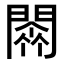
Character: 𨵼